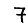
Digit: 7